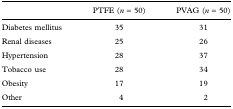
<table><thead><tr><td></td><td><b>PTFE (<i>n</i> = 50)</b></td><td><b>PVAG (<i>n</i> = 50)</b></td></tr></thead><tbody><tr><td>Diabetes mellitus</td><td>35</td><td>31</td></tr><tr><td>Renal diseases</td><td>25</td><td>26</td></tr><tr><td>Hypertension</td><td>28</td><td>37</td></tr><tr><td>Tobacco use</td><td>28</td><td>34</td></tr><tr><td>Obesity</td><td>17</td><td>19</td></tr><tr><td>Other</td><td>4</td><td>2</td></tr></tbody></table>